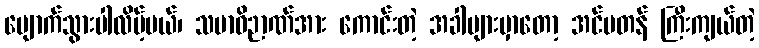
ပျောက်သွားပါလိမ့်မယ်၊ သမာဓိဉာဏ်အား ကောင်းတဲ့ အခါများမှာတော့ အင်မတန် ကြီးကျယ်တဲ့